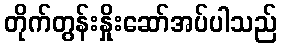
တိုက်တွန်းနှိုးဆော်အပ်ပါသည်